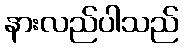
နားလည်ပါသည်